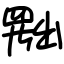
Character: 𦋦